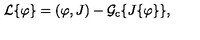
{ \cal { L } } \{ \varphi \} = ( \varphi , J ) - { \cal { G } } _ { \mathrm { c } } \{ J \{ \varphi \} \} ,